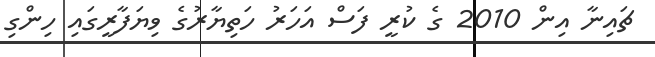
ޗައިނާ އިން 2010 ގެ ކުރީ ފަސް އަހަރު ހަތިޔާރުގެ ވިޔަފާރީގައި ހިންގި